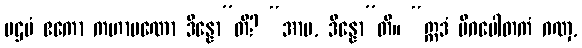
ပဌမံ ဧကော ကဟာပဏော ဒိန္နော”တိ? “အာမ, ဒိန္နော”တိ။ “ဣဒံ မိဂပေါတကံ ဂဏှ,